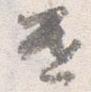
遣